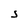
Character: S